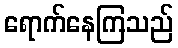
ရောက်နေကြသည်